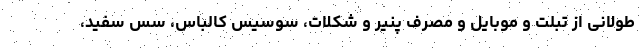
طولانی از تبلت و موبایل و مصرف پنیر و شکلات، سوسیس کالباس، سس سفید،